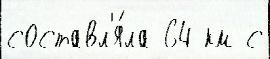
составл'я́ла 64 км с